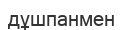
дұшпанмен